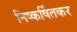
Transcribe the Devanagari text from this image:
निष्कर्षितकर